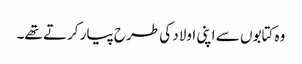
وہ کتابوں سے اپنی اولاد کی طرح پیار کرتے تھے۔